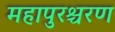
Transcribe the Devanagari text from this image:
महापुरश्चरण